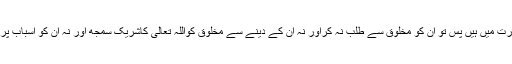
یہ دونوں اللہ تعالیٰ کے قبضہ و قدرت میں ہیں پس تو ان کو مخلوق سے طلب نہ کراور نہ ان کے دینے سے مخلوق کواللہ تعالیٰ کاشریک سمجھ اور نہ ان کو اسباب پر اعتمادکرنے کی زبان سے مانگ۔